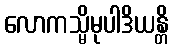
လောကသ္မိမုပါဒိယန္တိ